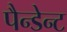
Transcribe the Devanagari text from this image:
पैन्डेन्ट